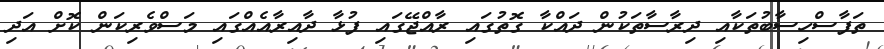
ތަފާސްހިސާބުތަކާއި ދިރާސާތަކުން ދައްކާ ގޮތުގައި ރާއްޖޭގައި ފުޅާ ދާއިރާއެއްގައި މަސްވެރިކަން ކޮށް އަދި